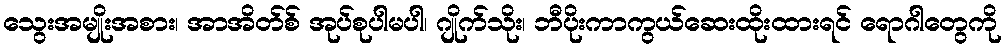
သွေးအမျိုးအစား၊ အာအိတ်စ် အုပ်စုပါမပါ၊ ဂျိုက်သိုး၊ ဘီပိုးကာကွယ်ဆေးထိုးထားရင် ရောဂါတွေကို